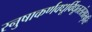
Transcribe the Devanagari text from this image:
स्नुषाकर्णवधूर्विधूतसंसारवृत्तिः